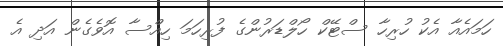
ހަމައެއާ އެކު ހުރިހާ ސްޓޭކް ހޯލްޑަރުންގެ ފުރިހަމަ ހިއްސާ އޮވެގެން އަދި އެ